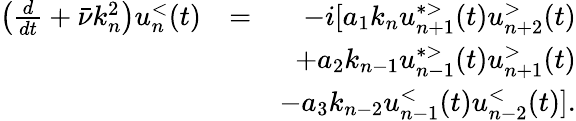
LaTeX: \begin{array}{rlr}{\left(\frac{d}{dt}+\bar{\nu}k_{n}^{2}\right)u_{n}^{<}(t)}&{=}&{-i[a_{1}k_{n}u_{n+1}^{*>}(t)u_{n+2}^{>}(t)}\\ &{}&{+a_{2}k_{n-1}u_{n-1}^{*>}(t)u_{n+1}^{>}(t)}\\ &{}&{-a_{3}k_{n-2}u_{n-1}^{<}(t)u_{n-2}^{<}(t)].}\end{array}